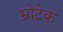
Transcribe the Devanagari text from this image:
म्रोटेक